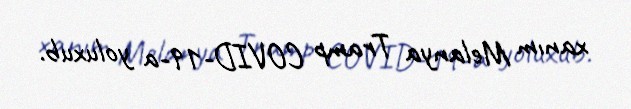
xanım Melanya Tramp COVID-19-a yoluxub.